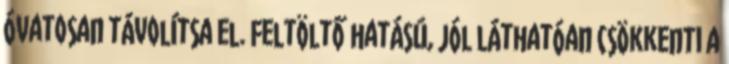
óvatosan távolítsa el. Feltöltő hatású, jól láthatóan csökkenti a